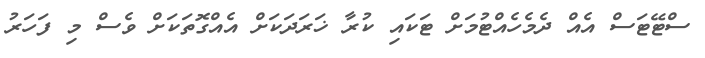
ސްޓޭޓަސް އެއް ދެމެހެއްޓުމަށް ޓަކައި ކުރާ ޚަރަދަކަށް އެއްގޮތަކަށް ވެސް މި ފަހަރު